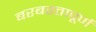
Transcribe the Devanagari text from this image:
बरबरतापूर्ण